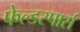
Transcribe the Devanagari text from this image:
फेल्डस्पार्स